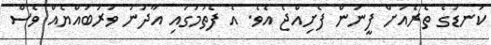
ކަނޑުގެ ތެރެއަށް ފީނަން ފެށިއްޖެ އެވެ. އެ ފެތުމުގައި އާދަނު ވަރުބައްޔެއް ވެސް